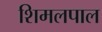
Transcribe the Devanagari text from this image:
शिमलपाल